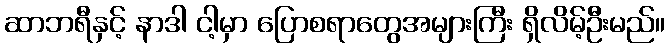
ဆာဘရီနှင့် နာဒါ ငါ့မှာ ပြောစရာတွေအများကြီး ရှိလိမ့်ဦးမည်။